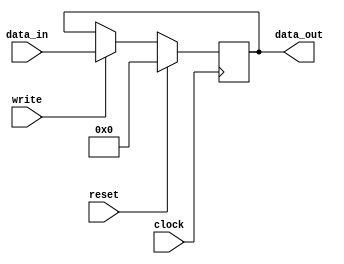
// file register.v
module register(
	input wire clock,
	input wire reset,
	input wire write,
	input wire [31:0] data_in,
	output reg [31:0] data_out);

		always @(posedge clock) begin
		if (reset == 1'b1) begin
			data_out <= 32'h0;
		end else if (write == 1'b1) begin
			data_out <= data_in;
		end else begin
			data_out <= data_out;
		end
	end
endmodule